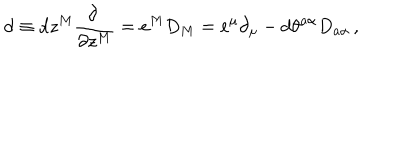
\mathrm { d } \equiv \mathrm { d } z ^ { M } \frac { \partial ~ } { \partial z ^ { M } } = e ^ { M } D _ { M } = e ^ { \mu } \partial _ { \mu } - \mathrm { d } \theta ^ { a \alpha } D _ { a \alpha } \, ,